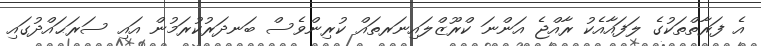
އެ ފަރާތްތަކުގެ ލަފައާއެކު ރާއްޖެ އަންނަ ކްރޫޒްލައިނަރތައް ކުރިންވެސް ބަނދަރުކުރަމުން އައި ސަރަޙައްދުގައި